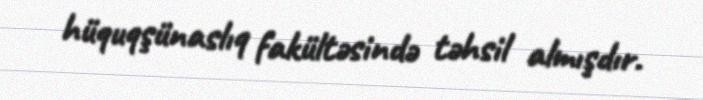
hüquqşünaslıq fakültəsində təhsil almışdır.